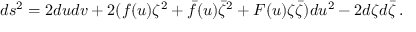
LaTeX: d s ^ { 2 } = 2 d u d v + 2 ( f ( u ) \zeta ^ { 2 } + \bar { f } ( u ) \bar { \zeta } ^ { 2 } + F ( u ) \zeta \bar { \zeta } ) d u ^ { 2 } - 2 d \zeta d \bar { \zeta } \, .